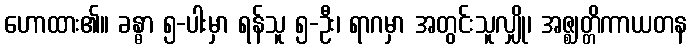
ဟောထား၏။ ခန္ဓာ ၅-ပါးမှာ ရန်သူ ၅-ဦး၊ ရာဂမှာ အတွင်းသူလျှို၊ အဇ္ဈတ္တိကာယတန